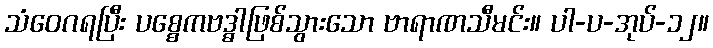
သံဝေဂရပြီး ပစ္စေကဗဒ္ဓါဖြစ်သွားသော ဗာရာဏသီမင်း။ ပါ-ပ-အုပ်-၁၂။